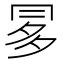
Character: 𠕝